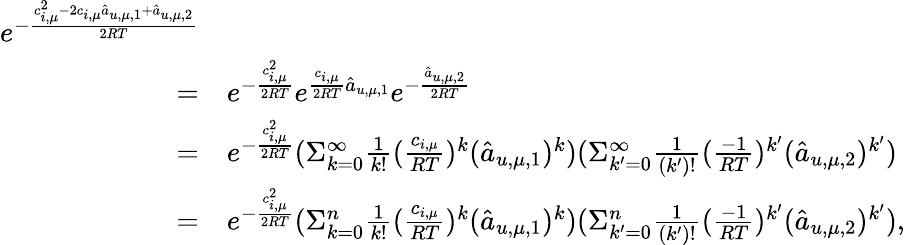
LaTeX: \begin{array}{rl}{e^{-\frac{c_{i,\mu}^{2}-2c_{i,\mu}\hat{a}_{u,\mu,1}+\hat{a}_{u,\mu,2}}{2RT}}}\\ {=}&{e^{-\frac{c_{i,\mu}^{2}}{2RT}}e^{\frac{c_{i,\mu}}{2RT}\hat{a}_{u,\mu,1}}e^{-\frac{\hat{a}_{u,\mu,2}}{2RT}}}\\ {=}&{e^{-\frac{c_{i,\mu}^{2}}{2RT}}(\Sigma_{k=0}^{\infty}\frac{1}{k!}(\frac{c_{i,\mu}}{RT})^{k}(\hat{a}_{u,\mu,1})^{k})(\Sigma_{k^{\prime}=0}^{\infty}\frac{1}{(k^{\prime})!}(\frac{-1}{RT})^{k^{\prime}}(\hat{a}_{u,\mu,2})^{k^{\prime}})}\\ {=}&{e^{-\frac{c_{i,\mu}^{2}}{2RT}}(\Sigma_{k=0}^{n}\frac{1}{k!}(\frac{c_{i,\mu}}{RT})^{k}(\hat{a}_{u,\mu,1})^{k})(\Sigma_{k^{\prime}=0}^{n}\frac{1}{(k^{\prime})!}(\frac{-1}{RT})^{k^{\prime}}(\hat{a}_{u,\mu,2})^{k^{\prime}}),}\end{array}